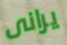
يرانى